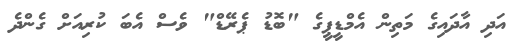
އަދި އާދައިގެ މަތިން އެމްޑީޕީގެ "ބޮޑު ޕެރޭޑް" ވެސް އެބަ ކުރިއަށް ގެންދެ